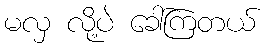
မလှ လို့ပဲ ခေါ်ကြတယ်